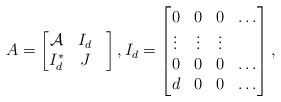
LaTeX: \begin{align*}A=\begin{bmatrix}\mathcal{A} & I_d \\I_d^*& J &\end{bmatrix}, I_d=\begin{bmatrix}0 & 0 & 0 & \ldots \\\vdots & \vdots & \vdots & \\0 & 0 & 0 & \ldots \\d & 0 & 0 & \ldots\end{bmatrix},\end{align*}